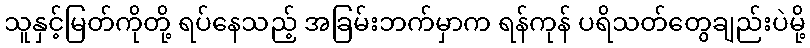
သူနှင့်မြတ်ကိုတို့ ရပ်နေသည့် အခြမ်းဘက်မှာက ရန်ကုန် ပရိသတ်တွေချည်းပဲမို့